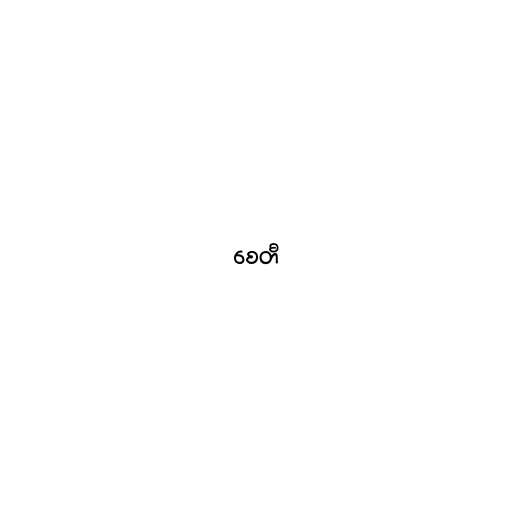
စေတီ